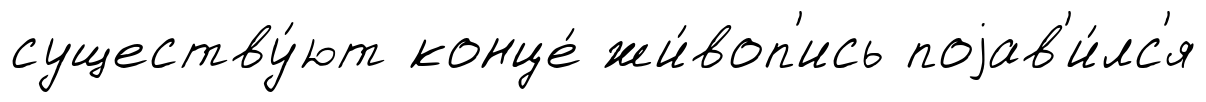
существу́ют конце́ жи́воп'ись поjав'и́лс'я